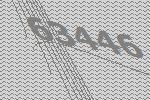
63446